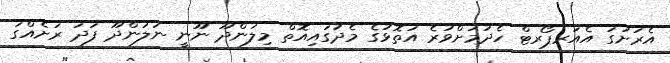
އެރަށުގަ އެއަރޕޯރޓް ހެދުމަށްވުރެ އަތޮޅުގެ މެދުގައިއޮތް މިލަންދޫ ނޫނީ ނަލަންދޫ ފަދަ ރަށެއްގަ